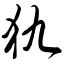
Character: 犰